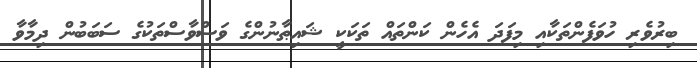
ބިރުވެރި ހުވަފެންތަކާއި މިފަދަ އެހެން ކަންތައް ތަކަކީ ޝައިޠާނުންގެ ވަސްވާސްތަކުގެ ސަބަބުން ދިމާވާ